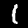
Label: 1